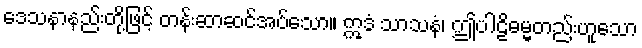
ဒေသနာနည်းတို့ဖြင့် တန်းဆာဆင်အပ်သော။ ဣဒံ သာသနံ၊ ဤပါဠိဓမ္မတည်းဟူသော